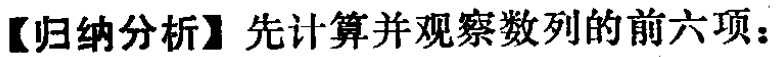
【归纳分析】先计算并观察数列的前六项：